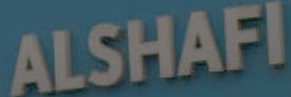
ALSHAFI